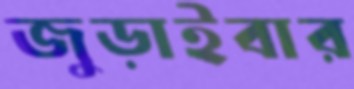
জুড়াইবার